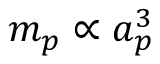
m _ { p } \propto a _ { p } ^ { 3 }